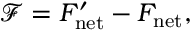
\mathcal { F } = F _ { \mathrm { n e t } } ^ { \prime } - F _ { \mathrm { n e t } } ,